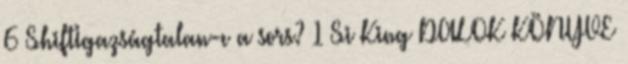
6 ShiftIgazságtalan-e a sors? 1 Si King DALOK KÖNYVE